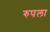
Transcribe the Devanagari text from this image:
रुपला